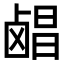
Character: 𬸶